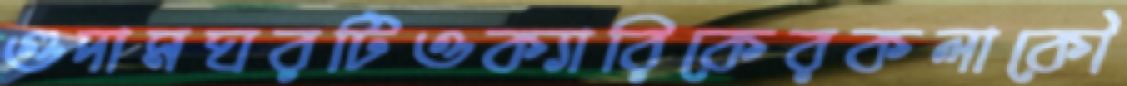
গুদামঘরটিওক্যারিকেরকলাকৌ